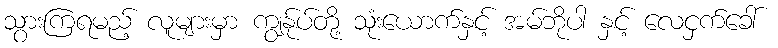
သွားကြရမည့် လူများမှာ ကျွန်ုပ်တို့ သုံးယောက်နှင့် အမ်ဘိုပါ နှင့် လေငှက်ခေါ်